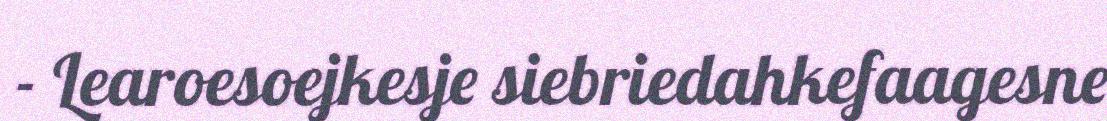
- Learoesoejkesje siebriedahkefaagesne